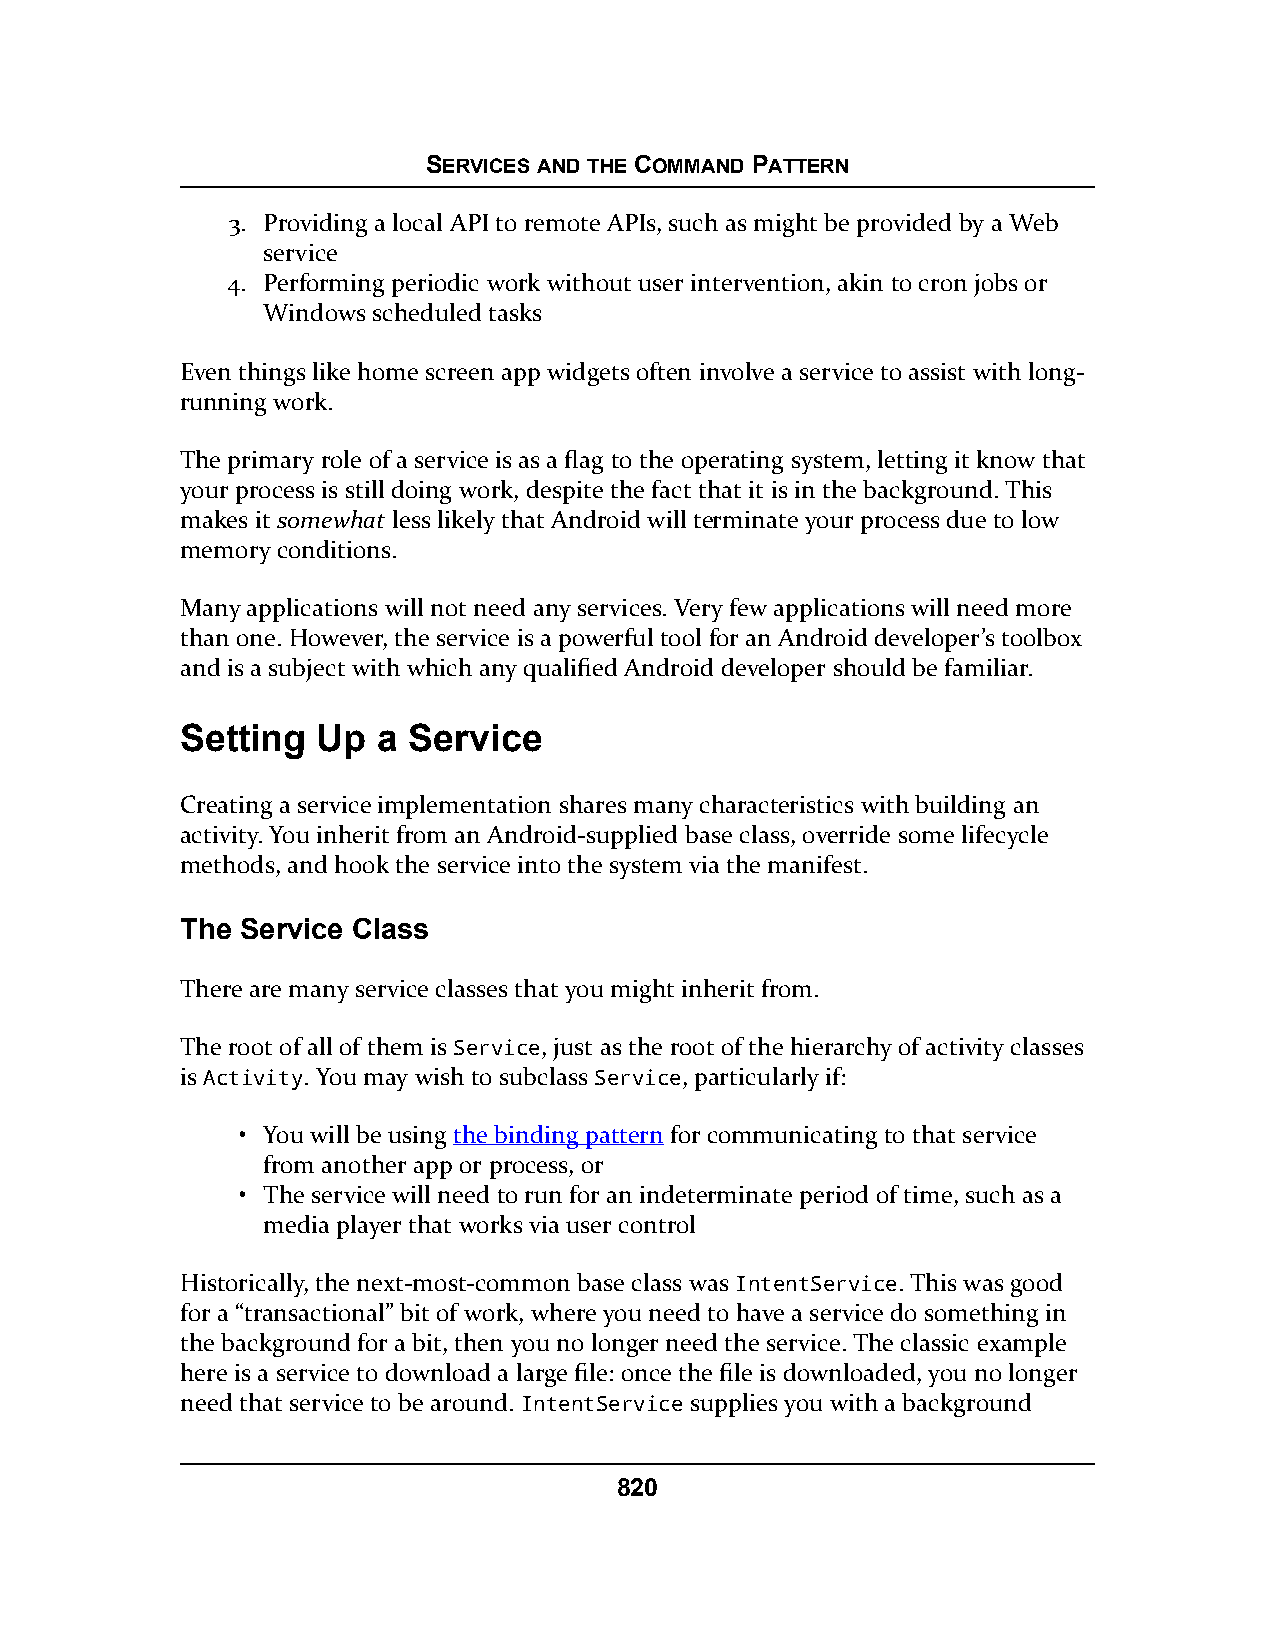
SERVICES AND THE COMMAND PATTERN
 3. Providing a local API to remote APIs, such as might be provided by a Web
 service
 4. Performing periodic work without user intervention, akin to cron jobs or
 Windows scheduled tasks
 Even things like home screen app widgets often involve a service to assist with long-
 running work.
 The primary role of a service is as a flag to the operating system, letting it know that
 your process is still doing work, despite the fact that it is in the background. This
 makes it somewhat less likely that Android will terminate your process due to low
 memory conditions.
 Many applications will not need any services. Very few applications will need more
 than one. However, the service is a powerful tool for an Android developer’s toolbox
 and is a subject with which any qualified Android developer should be familiar.
 Setting  Up  a Service
 Creating a service implementation shares many characteristics with building an
 activity. You inherit from an Android-supplied base class, override some lifecycle
 methods, and hook the service into the system via the manifest.
 The Service Class
 There are many service classes that you might inherit from.
 The root of all of them is Service, just as the root of the hierarchy of activity classes
 is Activity. You may wish to subclass Service, particularly if:
 • You will be using the binding pattern for communicating to that service
 from another app or process, or
 • The service will need to run for an indeterminate period of time, such as a
 media player that works via user control
 Historically, the next-most-common base class was IntentService. This was good
 for a “transactional” bit of work, where you need to have a service do something in
 the background for a bit, then you no longer need the service. The classic example
 here is a service to download a large file: once the file is downloaded, you no longer
 need that service to be around. IntentService supplies you with a background
 820